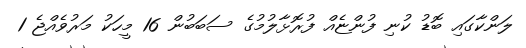
ލަންކާގައި ބޮޑު ކުނި ފުންޏެއް ފުރޮޅާލުމުގެ ސަބަބުން 16 މީހަކު މަރުވެއްޖެ 1